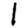
Digit: 1